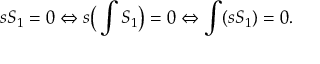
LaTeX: s S _ { 1 } = 0 \Leftrightarrow s \big ( \int { \cal S } _ { 1 } \big ) = 0 \Leftrightarrow \int ( s { \cal S } _ { 1 } ) = 0 .